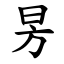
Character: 昘